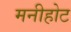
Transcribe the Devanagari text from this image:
मनीहोट